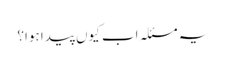
یہ مسئلہ اب کیوں پیدا ہوا؟